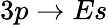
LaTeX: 3p\to Es